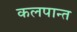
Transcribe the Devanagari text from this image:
कलपान्त